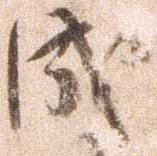
成